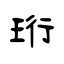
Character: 珩